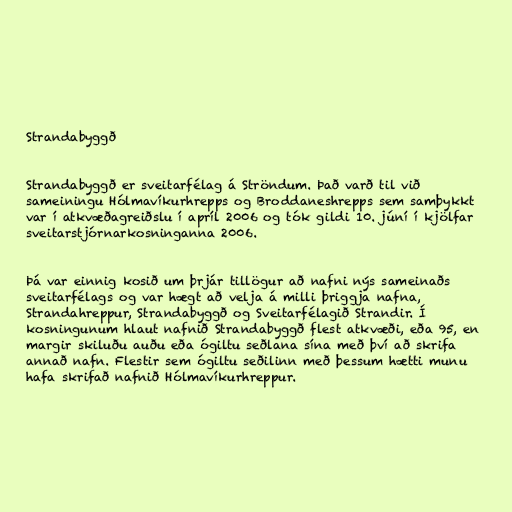
Strandabyggð

Strandabyggð er sveitarfélag á Ströndum. Það varð til við
sameiningu Hólmavíkurhrepps og Broddaneshrepps sem samþykkt
var í atkvæðagreiðslu í apríl 2006 og tók gildi 10. júní í kjölfar
sveitarstjórnarkosninganna 2006.

Þá var einnig kosið um þrjár tillögur að nafni nýs sameinaðs
sveitarfélags og var hægt að velja á milli þriggja nafna,
Strandahreppur, Strandabyggð og Sveitarfélagið Strandir. Í
kosningunum hlaut nafnið Strandabyggð flest atkvæði, eða 95, en
margir skiluðu auðu eða ógiltu seðlana sína með því að skrifa
annað nafn. Flestir sem ógiltu seðilinn með þessum hætti munu
hafa skrifað nafnið Hólmavíkurhreppur.